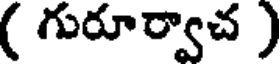
( గురూర్వాచ )